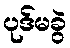
ပုဒ်မခွဲ